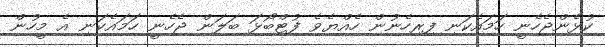
ކުޅެންޖެހެނީ ހަމައެކަނި ފިރިހެނުން ހެއްޔެވެ ފުޓްބޯޅަ ބަލަން ޖެހެނީ ހަމައެކަނި އެ މީހުން